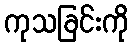
ကုသခြင်းကို